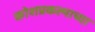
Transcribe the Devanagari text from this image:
कोशप्रकल्पाच्या